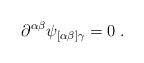
\begin{align*} \partial^{\alpha\beta}\psi_{[\alpha\beta]\gamma} = 0\;.\end{align*}